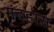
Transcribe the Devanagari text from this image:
मंदहास